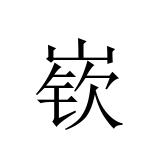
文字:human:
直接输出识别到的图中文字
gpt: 嵚